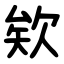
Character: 欸